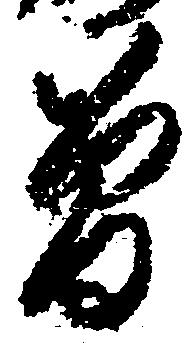
曽